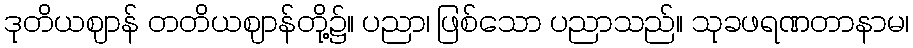
ဒုတိယဈာန် တတိယဈာန်တို့၌။ ပညာ၊ ဖြစ်သော ပညာသည်။ သုခဖရဏတာနာမ၊